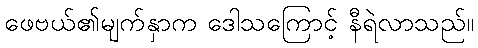
ဖေဗယ်၏မျက်နှာက ဒေါသကြောင့် နီရဲလာသည်။